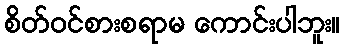
စိတ်ဝင်စားစရာမ ကောင်းပါဘူး။